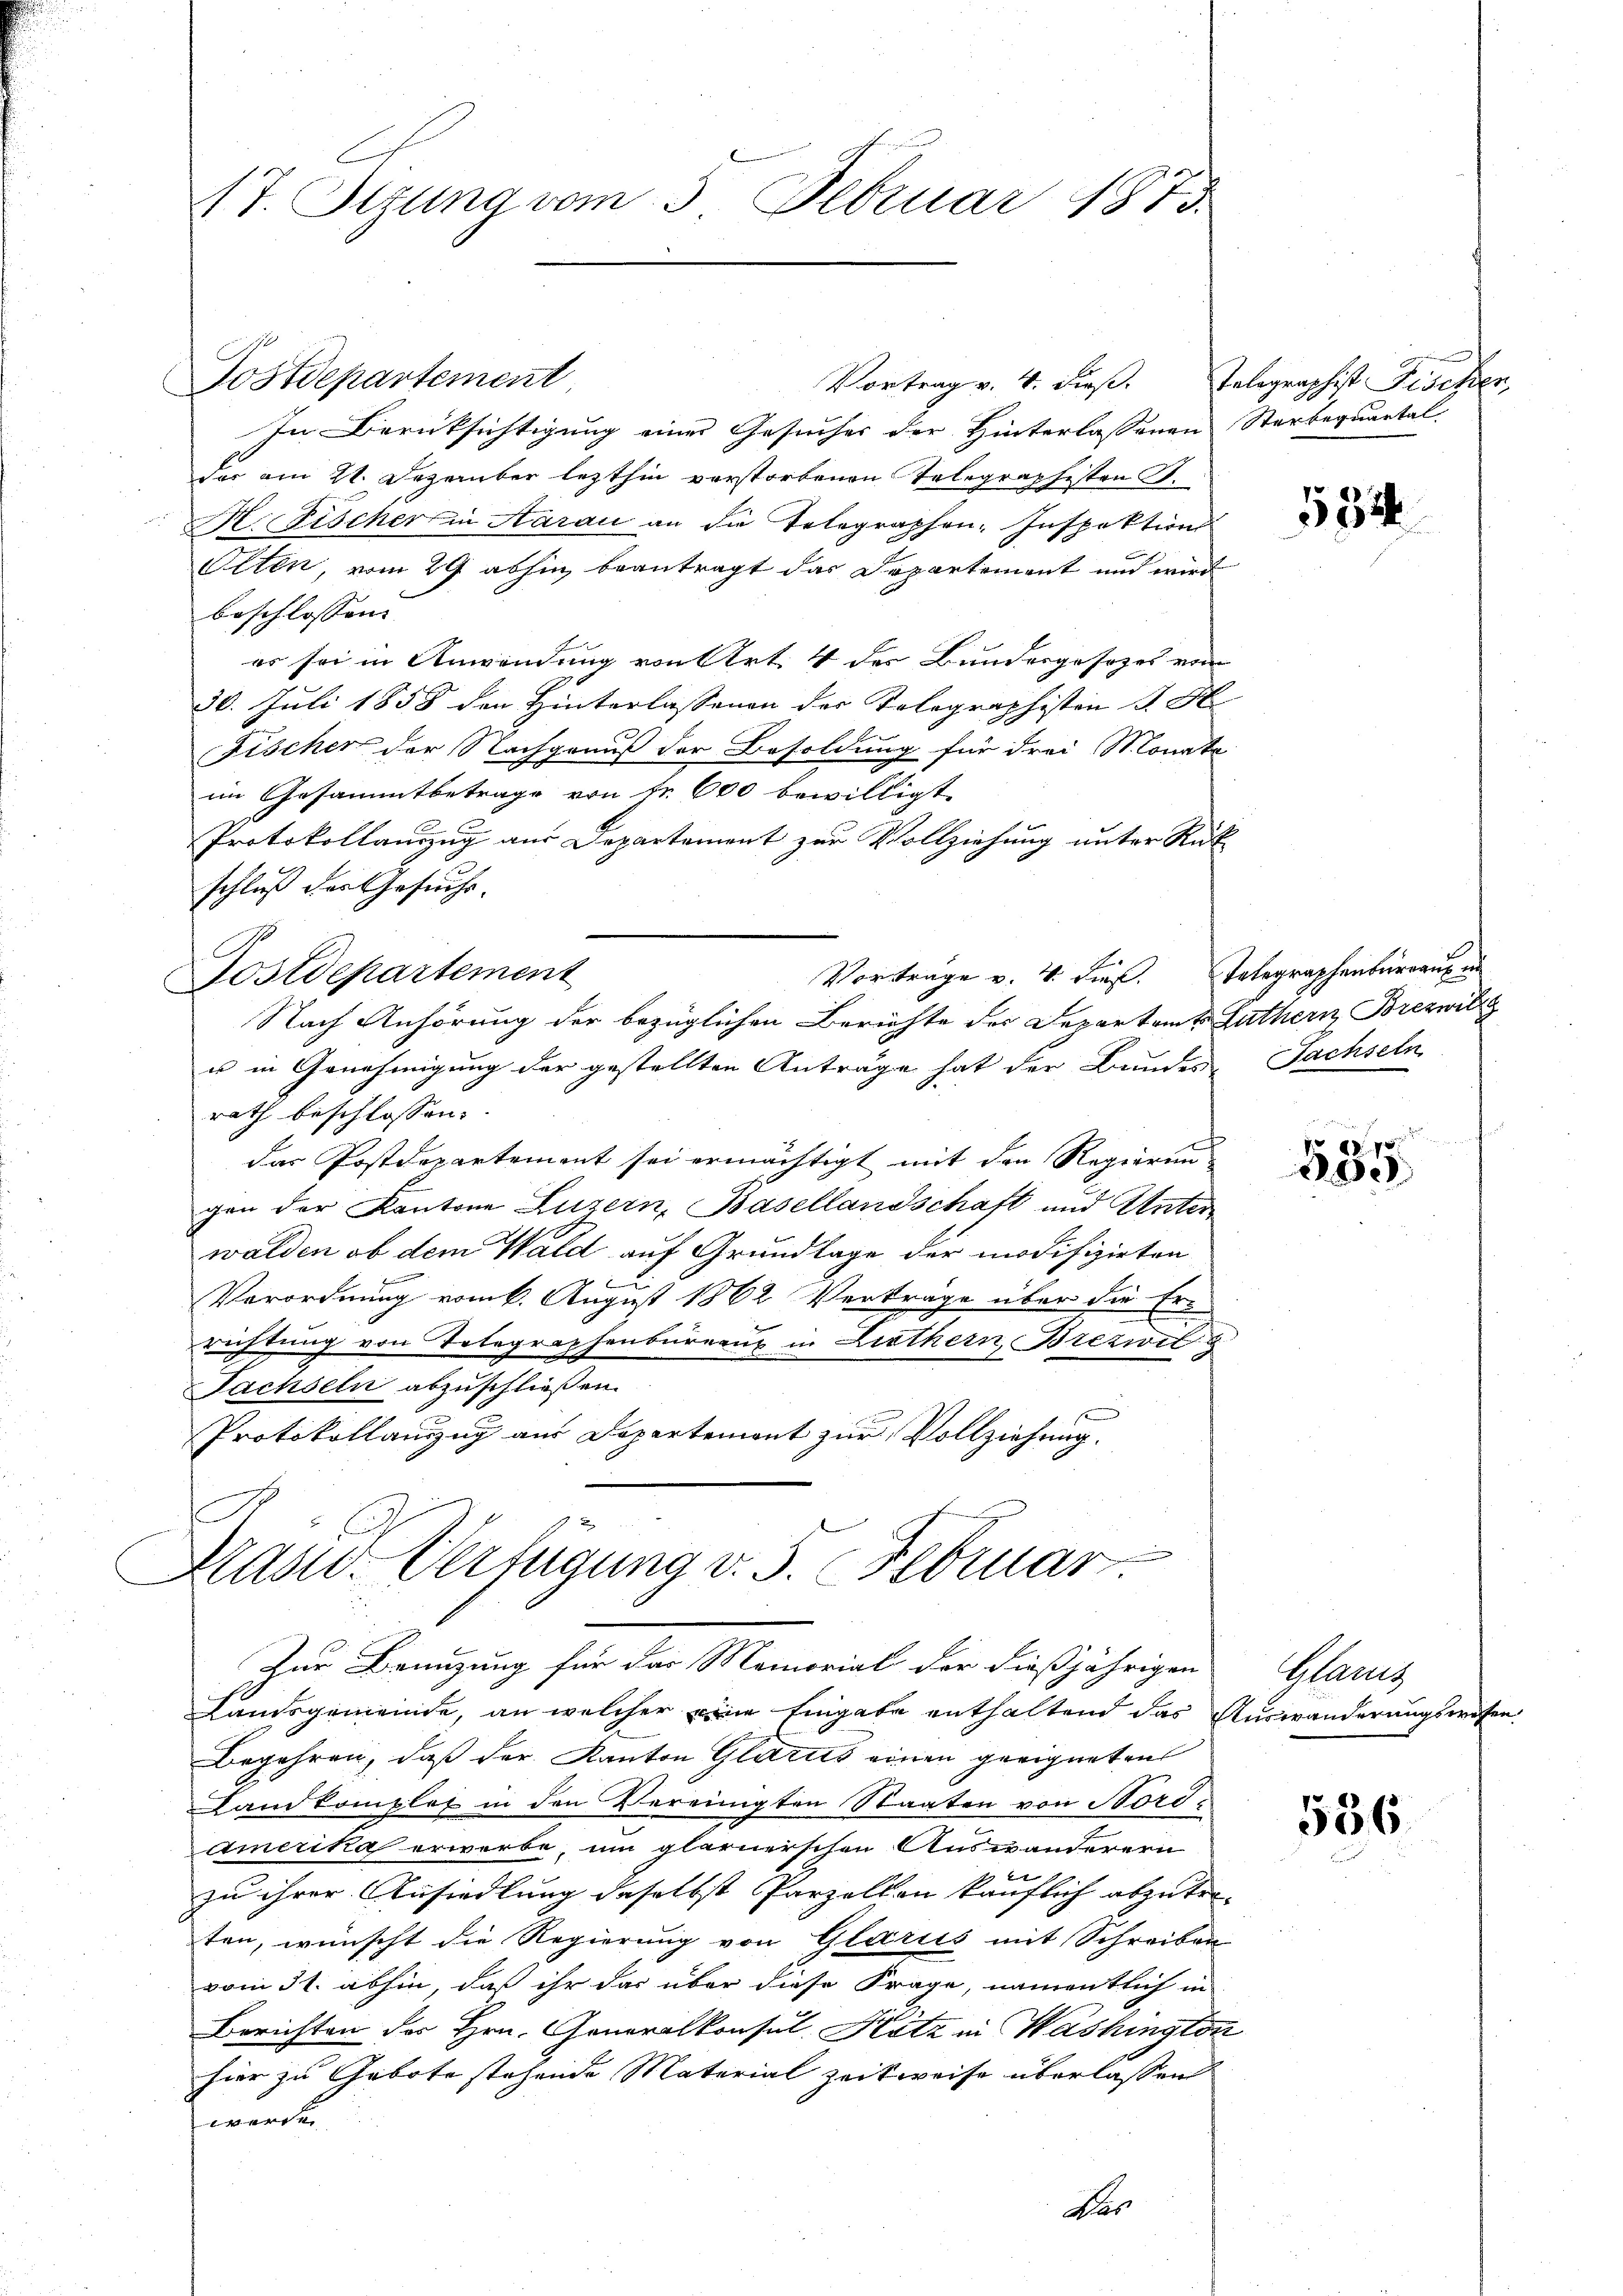
17. Stzung vom 3. Februar 1875.

In Berüksichtigung eines Gesuches der Hinterlassenen Starbequartal
der am 21. Dezember lezthin verstorbenen Telegraphisten S.
H. Fischer in Aarau an die Telegraphen-Inspektion
Otten, vom 29 abhin beantragt das Departement und wird
beschlossen. |
es sei in Anwendung von Art. 4 des Bundergesezes vi
30. Juli 1858 den Hinterlassenen der Tolographisten J. H
Fischer der Nachgenuß der Besoldung für drei Monate
im Gesammtbetrage von Fr. 600 bewilligt.
Protokollauszug aus Departement zur Vollziehung unter Rückk
schluß der Gesuche.
Vorträge v. 4. dieß. Telegraphenburgaus un
Postdepartement
Nach Anhörung der bezüglichen Berichte der Departen & Zuthern Brezwil
u in Genehmigung der gestellten Anträge hat der Bundes-Sachseln,
rath beschlossen
das Postdepartement sei ermächtigt mit den Regierung
gen der Kantone Luzern, Basellandschaft und Unter
walden ob dem Wald auf Grundlage der modifizirten
E
Verordnung vom 6. August 1862 Verträge über die Errichtung von Telegraphenbureaus in Lithern, Brezwil
Fachseln abzuschließen.
Protokollauszug aus Departement zur Vollziehung.

Postdepartement

Vortrag v. 4. dieß. Telegraphist Fischen,

Präside Verfügung v. 5. Februar.
Zur Benuzung für das Memorial der dießjährigen

Landsgemeinde, an welcher eine Eingabe enthaltend das Auswanderungswesen
Begehren, daß der Kanton Glarus einen geeigneten
Dam komplet in den Vereinigten Staaten von Nordamerika erwerbe, um glarnerschen Auswanderern
E
zu ihrer Ansiedlung daselbst Parzellen käuflich abzutra-
ten, wünscht die Regierung von Glarus mit Schreiben
vom 31. abhin, daß ihr das über diese Frage, namentlich in
Berichten des Hrn. Generalkonsul Hötz in Washington
hier zu Gebote stehende Material zeitweise überlassen
werde
Des

584

No 13. 75.
5

Glanz

556